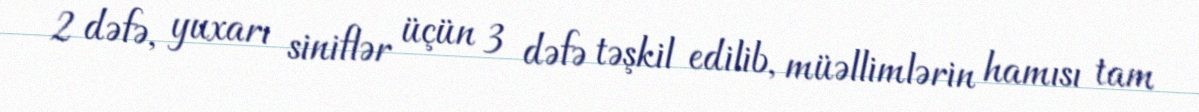
2 dəfə, yuxarı siniflər üçün 3 dəfə təşkil edilib, müəllimlərin hamısı tam